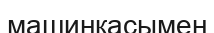
машинкасымен